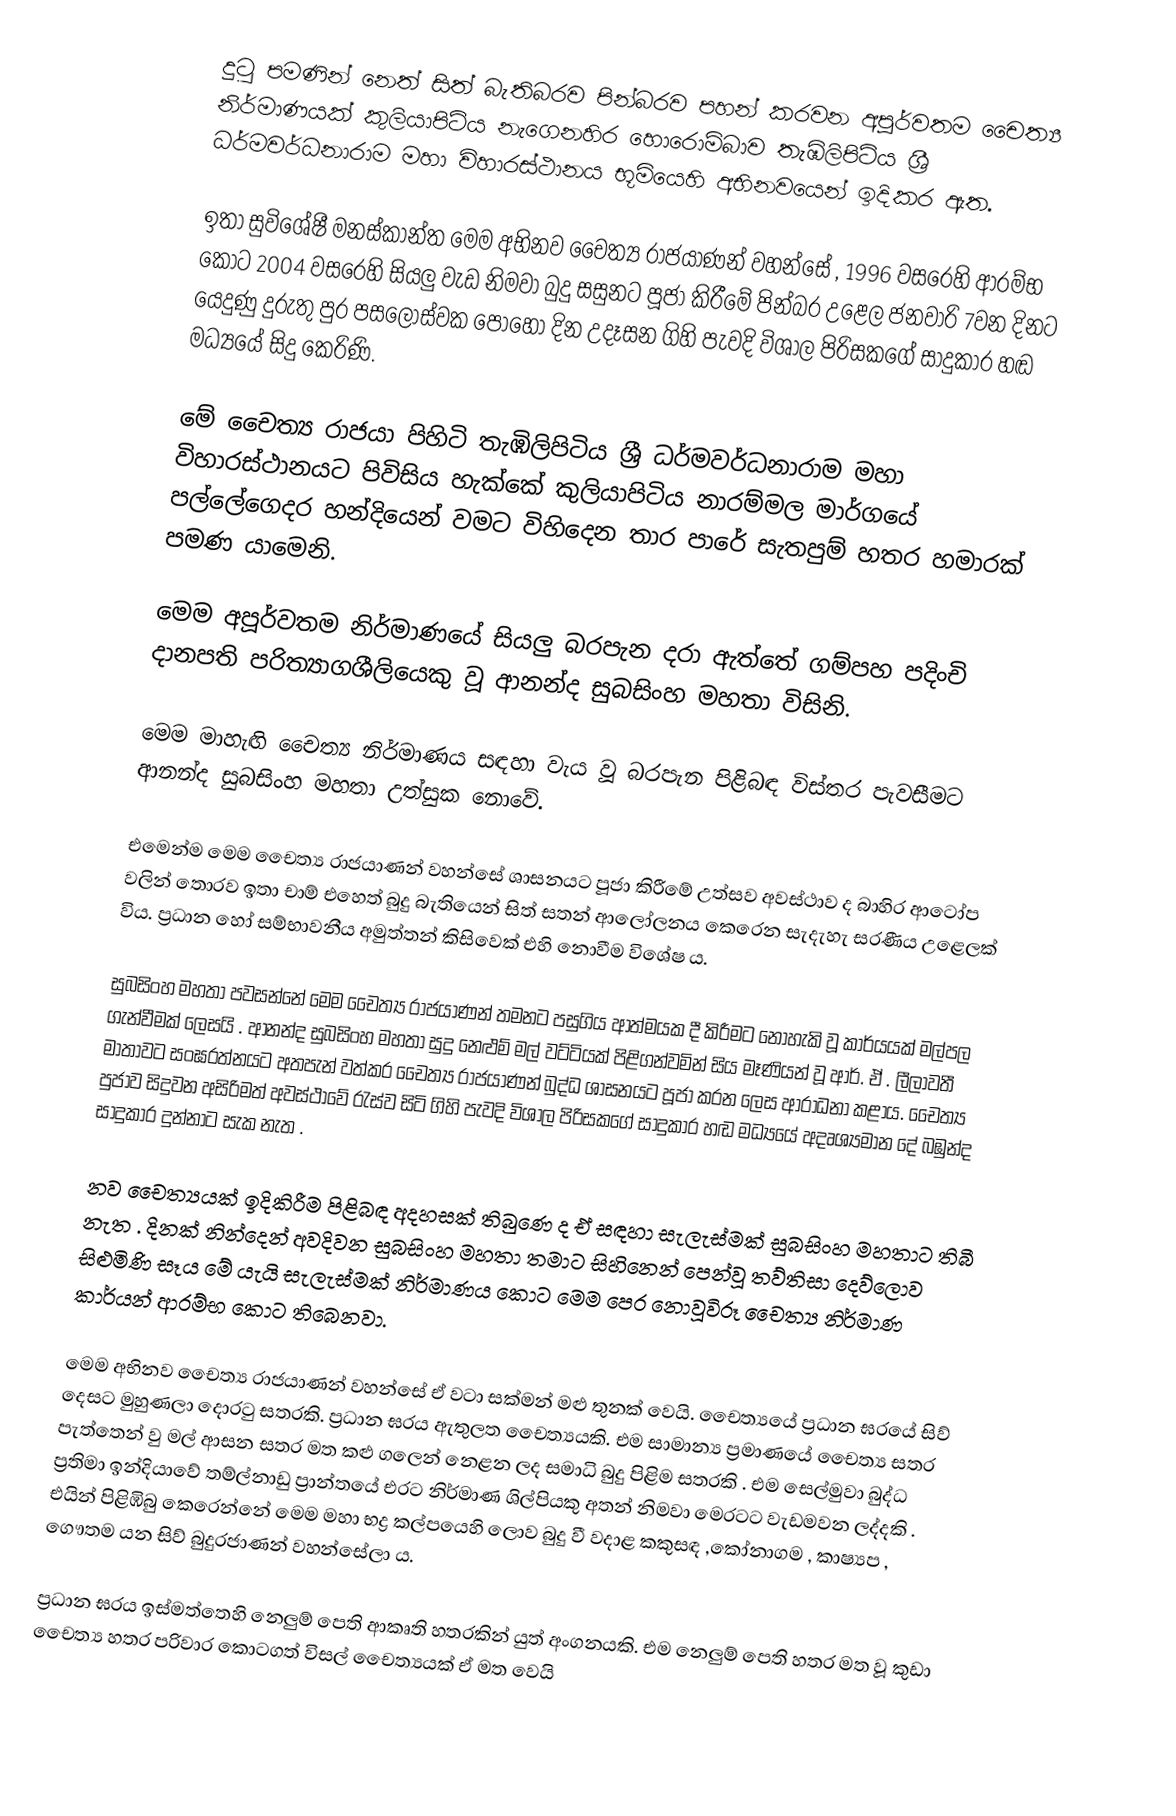
දුටු පමණින් නෙත් සිත් බැතිබරව පින්බරව පහන් කරවන අපූර්වතම චෛත්‍ය නිර්මාණයක් කුලියාපිටිය නැගෙනහිර හොරොම්බාව තැඹිලිපිටිය ශ්‍රී ධර්මවර්ධනාරාම මහා විහාරස්ථානය භූමියෙහි අභිනවයෙන් ඉදිකර ඇත.

ඉතා සුවිශේෂී මනස්කාන්ත මෙම අභිනව චෛත්‍ය රාජයාණන් වහන්සේ , 1996 වස⁣රෙහි ආරම්භ කොට 2004 වසරෙහි සියලු වැඩ නිමවා බුදු සසුනට පූජා කිරීමේ පින්බර උළෙල ජනවාරි 7වන දිනට යෙදුණු දුරුතු පුර පසලොස්වක පොහෝ දින උදෑසන ගිහි පැවදි විශාල පිරිසකගේ සාදුකාර හඬ මධ්‍යයේ සිදු කෙරිණි.

මේ චෛත්‍ය රාජයා පිහිටි තැඹිලිපිටිය ශ්‍රී ධර්මවර්ධනාරාම මහා විහාරස්ථානයට පිවිසිය හැක්කේ කුලියාපිටිය නාරම්මල මාර්ගයේ පල්ලේගෙදර හන්දියෙන් වමට විහිදෙන තාර පාරේ සැතපුම් හතර හමාරක් පමණ යාමෙනි.

මෙම අපූර්වතම නිර්මාණයේ සියලු බරපැන දරා ඇත්තේ ගම්පහ පදිංචි දානපති පරිත්‍යාගශීලියෙකු වූ ආනන්ද සුබසිංහ මහතා විසිනි.

මෙම මාහැඟි චෛත්‍ය නිර්මාණය සඳහා වැය වූ බරපැන පිළිබඳ විස්තර පැවසීමට ආනන්ද සුබසිංහ මහතා උත්සුක නොවේ.

⁣එමෙන්ම මෙම චෛත්‍ය රාජයාණන් වහන්සේ ශාසනයට පූජා කිරීමේ උත්සව අවස්ථාව ද බාහිර ආටෝප වලින් තොරව ඉතා චාම් එහෙත් බුදු බැතියෙන් සිත් සතන් ආලෝලනය කෙරෙන සැදැහැ සරණීය උළෙලක් විය. ප්‍රධාන හෝ සම්භාවනීය අමුත්තන් කිසිවෙක් එහි නොවීම විශේෂ ය.

සුබසිංහ මහතා පවසන්නේ මෙම චෛත්‍ය රාජයාණන් තමනට පසුගිය ආත්මයක දී කිරීමට නොහැකි වූ කාර්යයක් මල්පල ගැන්වීමක් ලෙසයි . ආනන්ද සුබසිංහ මහතා සුදු නෙළුම් මල් වට්ටියක් පිළිගන්වමින් සිය මෑණියන් වූ ආර්. ඒ . ලීලාවතී මාතාවට සංඝරත්නයට අතපැන් වත්කර චෛත්‍ය රාජයාණන් බුද්ධ ශාසනයට පූජා කරන ලෙස ආරාධනා කළාය. චෛත්‍ය පුජාව සිදුවන අසිරිමත් අවස්ථාවේ රැස්ව සිටි ගිහි පැවදි විශාල පිරිසකගේ සාදුකාර හඬ මධ්‍යයේ අදෘශ්‍යමාන දේ බඹුන්ද සාදුකාර දුන්නාට සැක නැත .

නව චෛත්‍යයක් ඉදිකිරීම පිළිබඳ අදහසක් තිබුණෙ ද ඒ සඳහා සැලැස්මක් සුබසිංහ මහතාට තිබී නැත . දිනක් නින්දෙන් අවදිවන සුබසිංහ මහතා තමාට සිහිනෙන් පෙන්වූ තව්තිසා දෙව්ලොව සිළුමිණි සෑය මේ යැයි සැලැස්මක් නිර්මාණය කොට මෙම පෙර නොවූවිරූ චෛත්‍ය නිර්මාණ කාර්යන් ආරම්භ කොට තිබෙනවා.

මෙම අභිනව චෛත්‍ය රාජයාණන් වහන්සේ ඒ වටා සක්මන් මළු තුනක් වෙයි. චෛත්‍යයේ ප්‍රධාන ඝරයේ ⁣සිව් දෙසට මුහුණලා දොරටු සතරකි. ප්‍රධාන ඝරය ඇතුලත චෛත්‍යයකි. එම සාමාන්‍ය ප්‍රමාණයේ චෛත්‍ය සතර පැත්තෙන් වු මල් ආසන සතර මත කළු ගලෙන් නෙළන ලද සමාධි බුදු පිළිම සතරකි . එම සෙල්මුවා බුද්ධ ප්‍රතිමා ඉන්දියාවේ තම්ල්නාඩු ප්‍රාන්තයේ එරට නිර්මාණ ශිල්පියකු අතන් නිමවා මෙරටට වැඩමවන ලද්දකි . එයින් පිළිඹිබු කෙරෙන්නේ මෙම මහා භද්‍ර කල්පයෙහි ලොව බුදු වී වදාළ කකුසඳ ,කෝනාගම , කාෂ්‍යප , ගෞතම යන සිව් බුදුරජාණන් වහන්සේලා ය.

ප්‍රධාන ඝරය ඉස්මත්තෙහි නෙලුම් පෙති ආකෘති හතරකින් යුත් අංගනයකි. එම නෙලුම් පෙති හතර මත වූ කුඩා චෛත්‍ය හතර පරිවාර කොටගත් විසල් චෛත්‍යයක් ඒ මත වෙයි